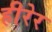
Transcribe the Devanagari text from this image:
हीरेर